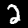
Digit: 2